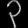
Digit: ၃